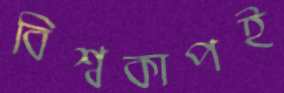
বিশ্বকাপই